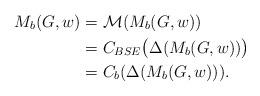
LaTeX: \begin{align*}M_b(G,w) &= \mathcal M (M_b(G,w))\\&= C_{BSE}\big(\Delta ( M_b (G,w ))\big)\\&= C_b(\Delta( M_b(G,w))).\end{align*}